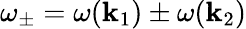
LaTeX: \omega_{\pm}=\omega(\mathbf{k}_{1})\pm\omega(\mathbf{k}_{2})